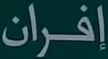
إيران